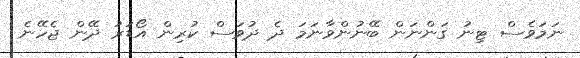
ނަމަވެސް ޓިނު ގަންނަން ބޭނުންވާނަމަ ދެ ދުވަސް ކުރިން އޯޑަރު ދޭން ޖެހޭނެ